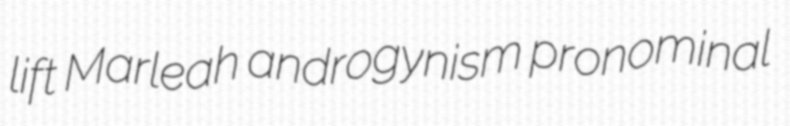
lift Marleah androgynism pronominal